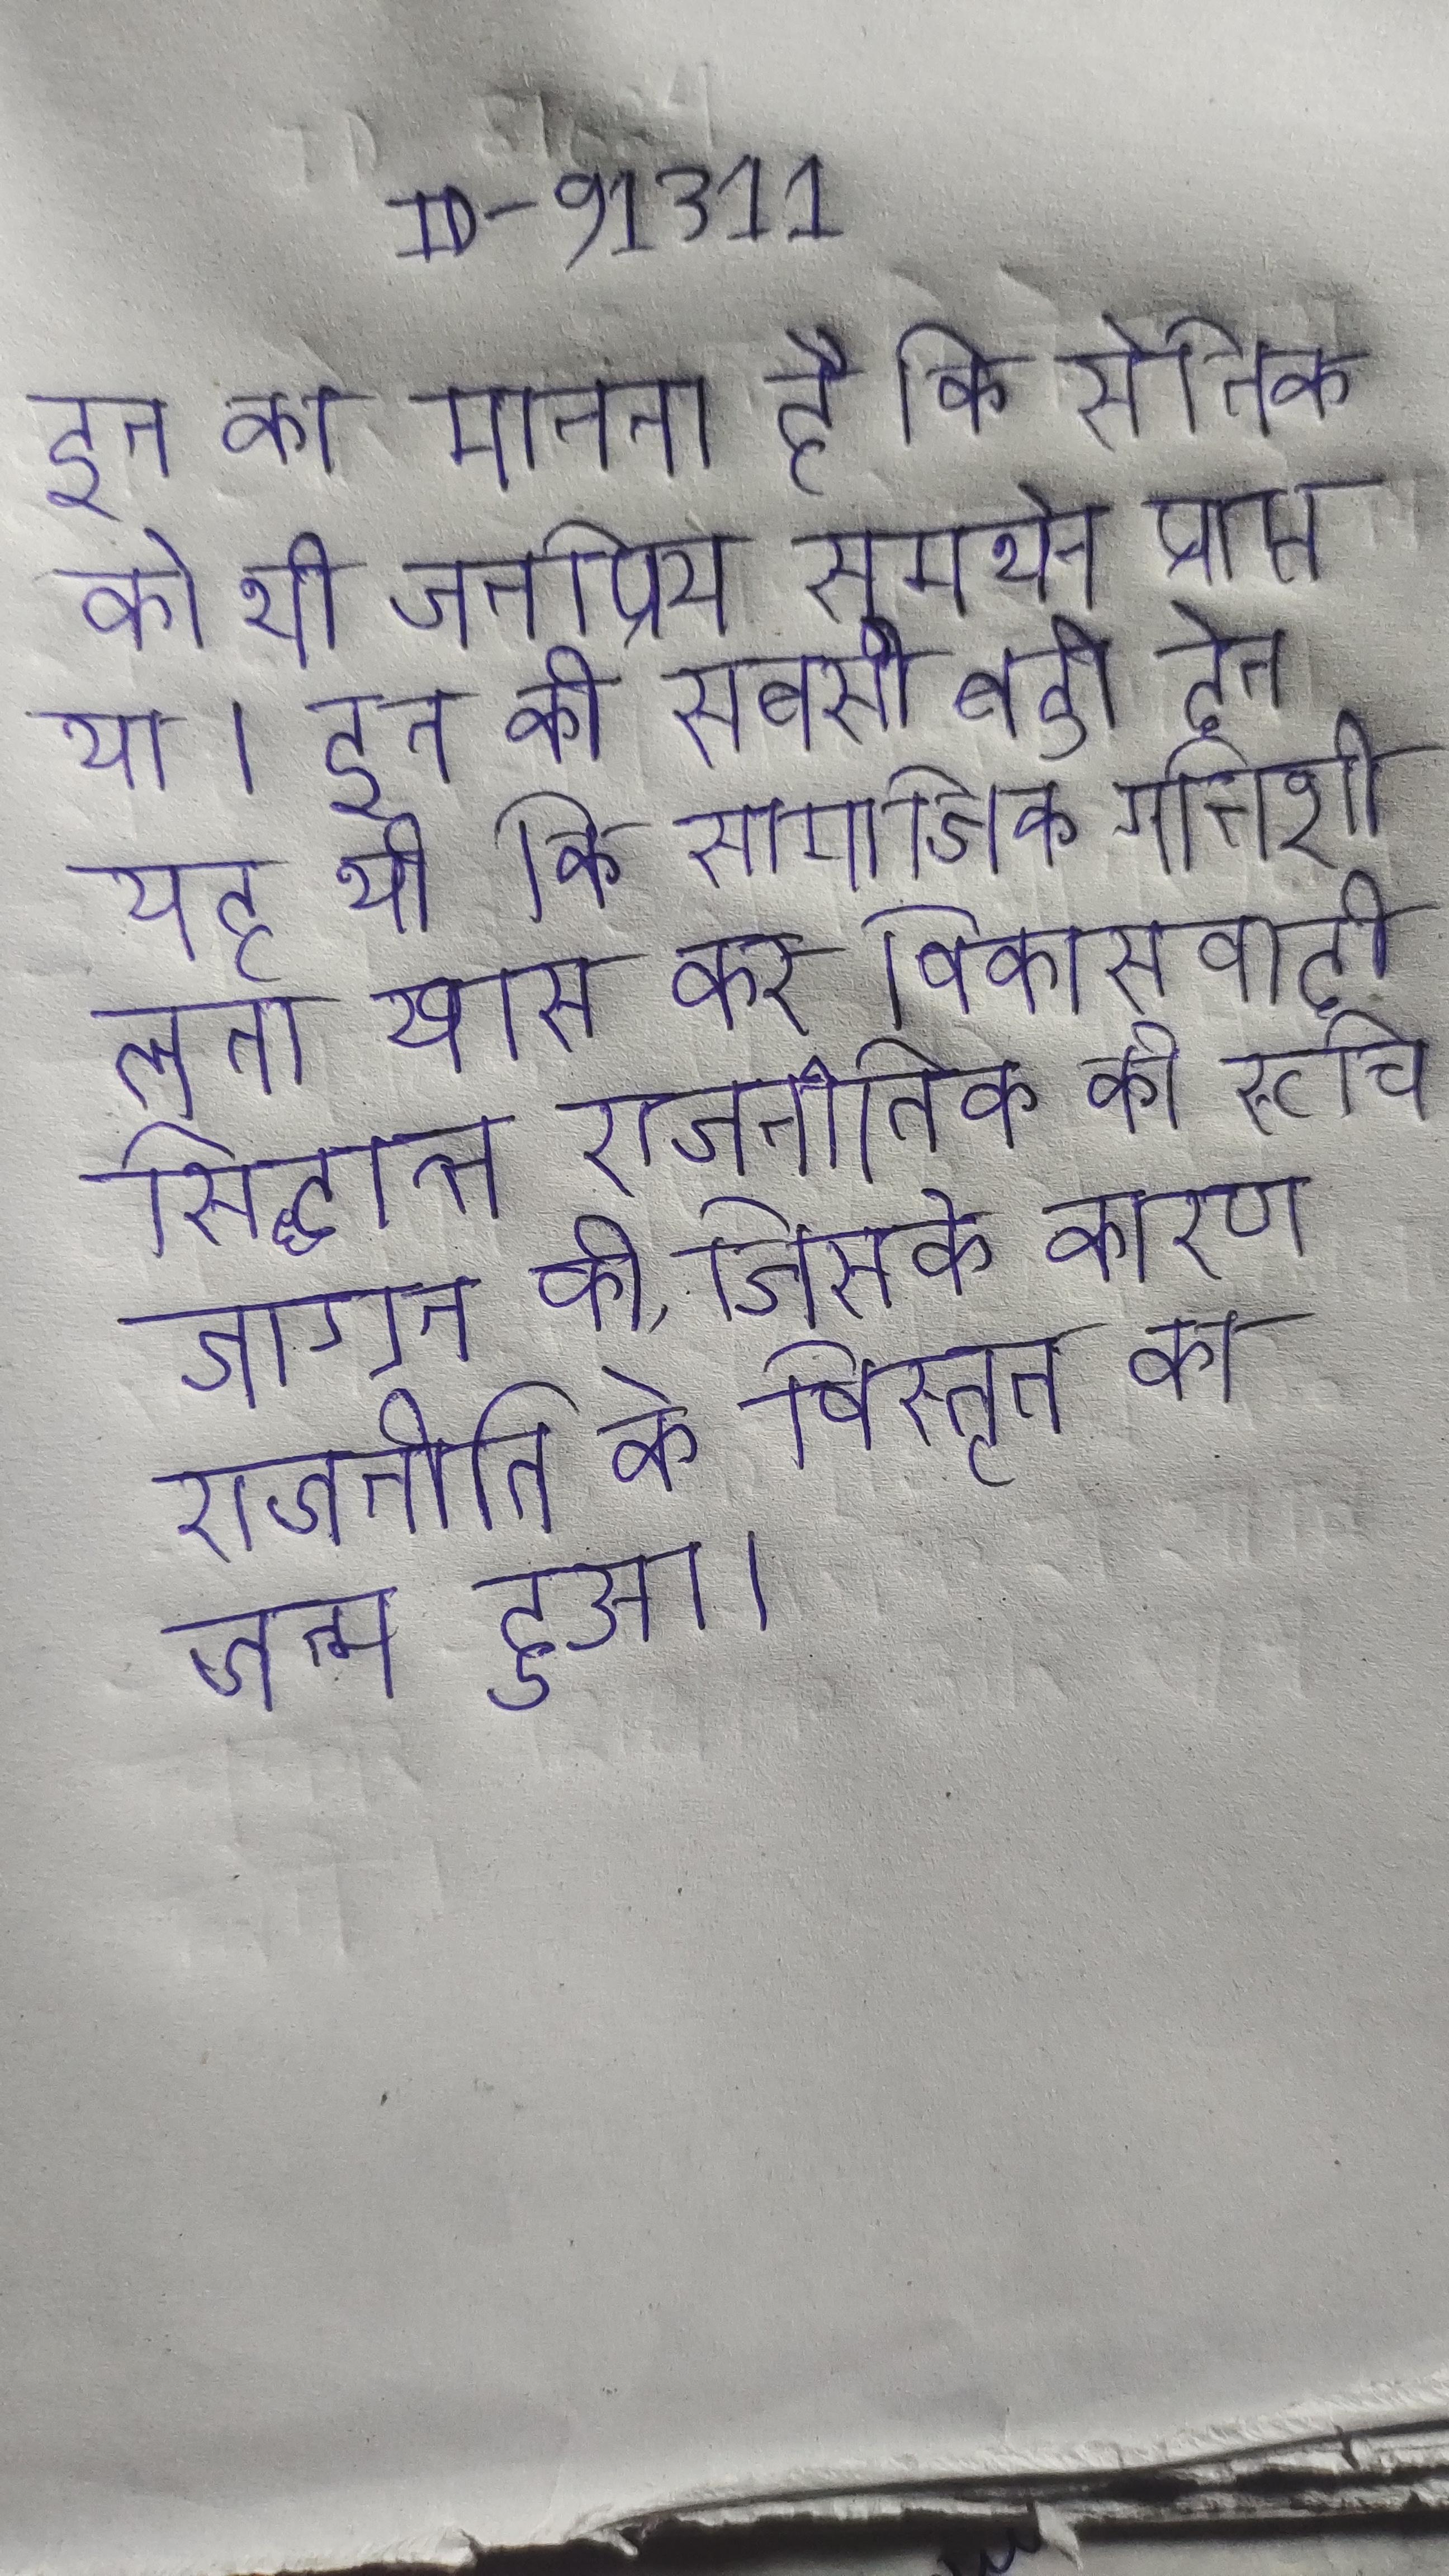
इन का मानना है कि सैनिक को भी जनप्रिय समर्थन प्राप्त था । इन की सबसे बडी देन यह थी कि सामाजिक गतिशीलता खास कर विकासवादी सिद्धान्त राजनीतिक की रूचि जाग्रत की, जिसके कारण राजनीति के विस्तृत का जन्म हुआ ।